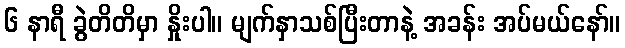
၆ နာရီ ခွဲတိတိမှာ နှိုးပါ။ မျက်နှာသစ်ပြီးတာနဲ့ အခန်း အပ်မယ်နော်။